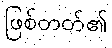
ဖြစ်တတ်၏